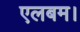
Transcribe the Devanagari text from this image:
एलबम।